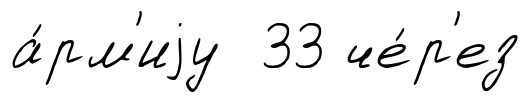
а́рм'иjу 33 че́р'ез